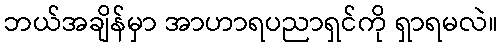
ဘယ်အချိန်မှာ အာဟာရပညာရှင်ကို ရှာရမလဲ။